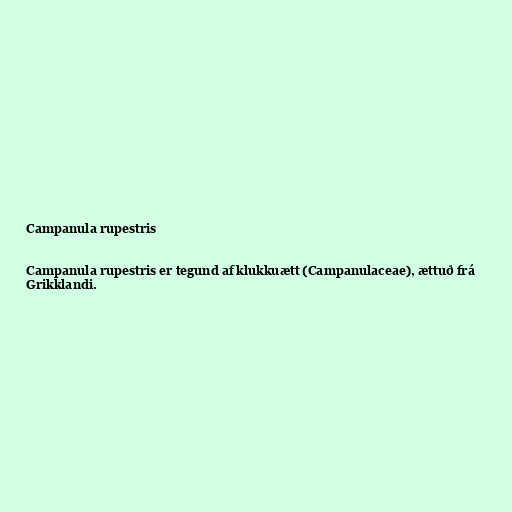
Campanula rupestris

Campanula rupestris er tegund af klukkuætt (Campanulaceae), ættuð frá
Grikklandi.